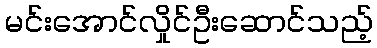
မင်းအောင်လှိုင်ဦးဆောင်သည့်